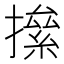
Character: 𢴱